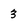
Character: 3